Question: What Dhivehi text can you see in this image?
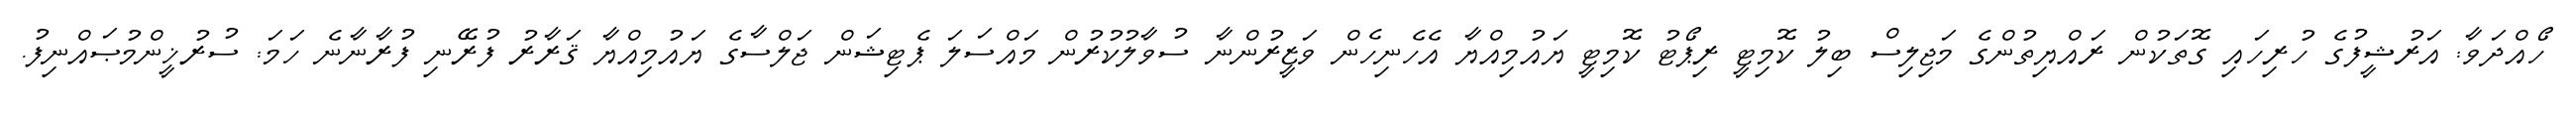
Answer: ހޯއްދަވާ: އަރުޝީފުގެ ހުރިހައި ގޮތަކުން ރައްޔިތުންގެ މަޖިލިސް ބިލު ކޮމިޓީ ރިޕޯޓު ކޮމިޓީ ޔައުމިއްޔާ އެހެނިހެން ވަޒީރުންނާ ސުވާލުކުރުން މައްސަލަ ޕެޓިޝަން ޖަލްސާގެ ޔައުމިއްޔާ ޤަރާރު ފުރޭނި ފުރާނާނެ ހަމަ: ސުރުޚީންމުޞައްނިފު.